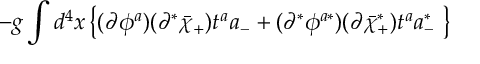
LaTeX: - g \int d ^ { 4 } x \left\{ ( \partial \phi ^ { a } ) ( \partial ^ { * } \bar { \chi } _ { + } ) t ^ { a } a _ { - } + ( \partial ^ { * } \phi ^ { a * } ) ( \partial \bar { \chi } _ { + } ^ { * } ) t ^ { a } a _ { - } ^ { * } \; \right\}